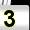
Digit: 3